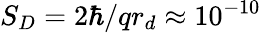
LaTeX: S_{D}=2\hbar/qr_{d}\approx 10^{-10}